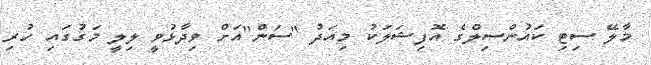
މާލޭ ސިޓި ކައުންސިލްގެ އޮފިޝަލަކު މިއަދު "ސަން"އަށް ވިދާޅުވީ ލިލީ މަގުގައި ހުރި